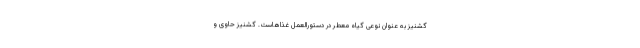
گشنیز به عنوان نوعی گیاه معطر در دستورالعمل غذاهاست. گشنیز حاوی و